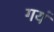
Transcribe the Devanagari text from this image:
गयं